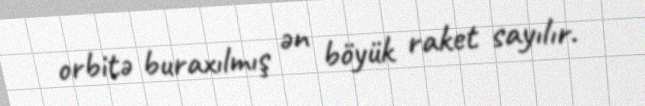
orbitə buraxılmış ən böyük raket sayılır.